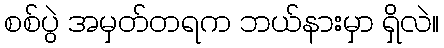
စစ်ပွဲ အမှတ်တရက ဘယ်နားမှာ ရှိလဲ။